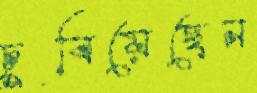
চুবিয়েছেন